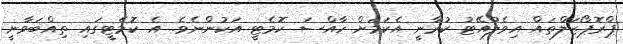
ޕްރޮޕޯޒަލްތައް އިވެލުއޭޓު ކުރާނީ އެކަމަށް ހާއްސަ ކޮމެޓީ އަކުންނެވެ. އެ ކޮމެޓީގައި ތިއްބަވާނީ